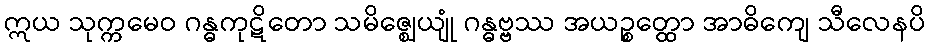
ဣယ သုက္ကမေဝ ဂန္ဓကုဋိတော သမိဇ္ဈေယျုံ ဂန္ဓဗ္ဗဿ အယဉ္စတ္ထော အာဓိကျေ သီလေနပိ